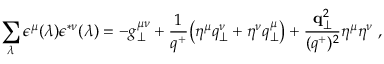
\sum _ { \lambda } \epsilon ^ { \mu } ( \lambda ) \epsilon ^ { * \nu } ( \lambda ) = - g _ { \perp } ^ { \mu \nu } + { \frac { 1 } { q ^ { + } } } \bigl ( \eta ^ { \mu } q _ { \perp } ^ { \nu } + \eta ^ { \nu } q _ { \perp } ^ { \mu } \bigr ) + { \frac { { \bf q } _ { \perp } ^ { 2 } } { ( q ^ { + } ) ^ { 2 } } } \eta ^ { \mu } \eta ^ { \nu } \; ,